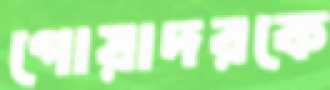
গোয়াদরকে